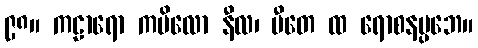
၉၈။ ကဠာရော ကပိလော နီလ၊ ပီတေ ထ ရောစနပ္ပဘေ။